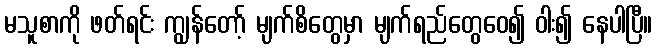
မသူစာကို ဖတ်ရင်း ကျွန်တော့် မျက်စိတွေမှာ မျက်ရည်တွေဝေ၍ ဝါး၍ နေပါပြီ။